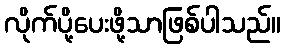
လိုက်ပို့ပေးဖို့သာဖြစ်ပါသည်။